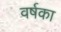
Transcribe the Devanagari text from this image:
वर्षका